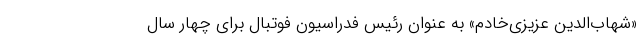
«شهاب‌الدین عزیزی‌خادم» به‌ عنوان رئیس فدراسیون فوتبال برای چهار سال